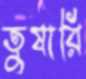
তুষারি